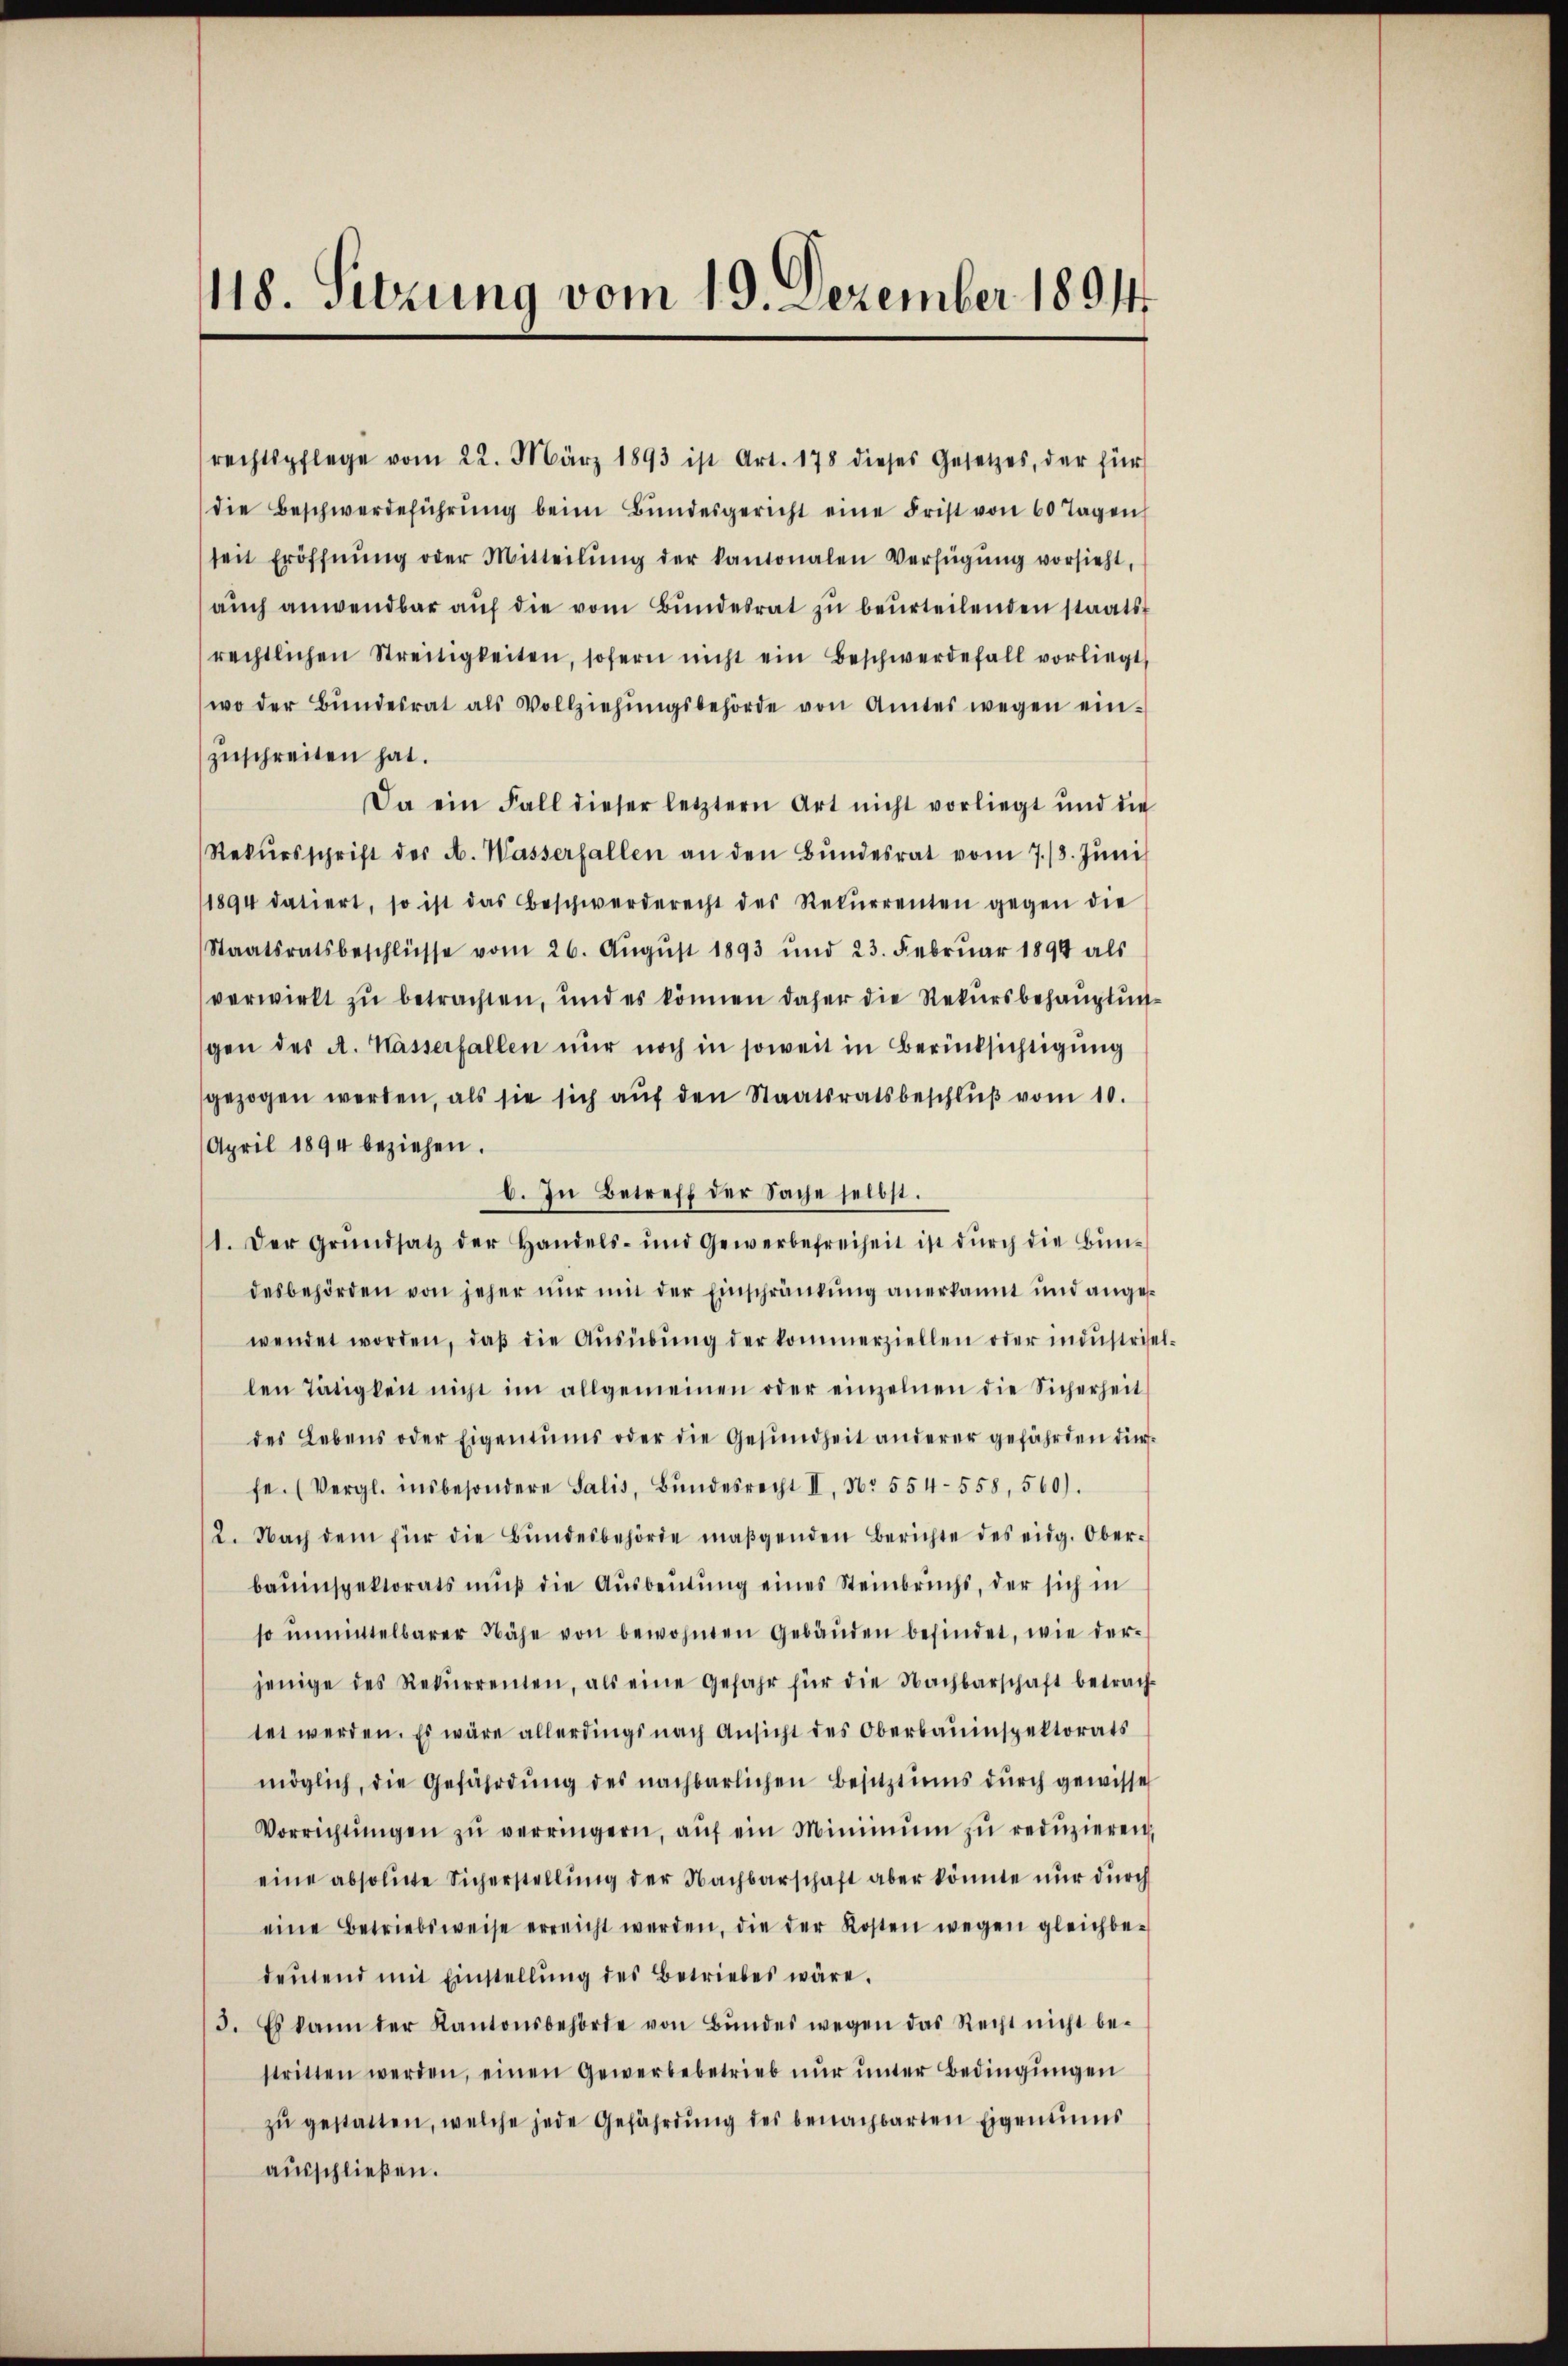
118. Sitzung vom 19. Dezember 1891

rechtspflege vom 22. März 1893 ist Art. 178 dieses Gesetzes, der für
die Beschwerdeführŭng beim Bŭndesgericht eine Frist von 60 Tagen
seit Eröffnŭng oder Mitteilŭng der kantonalen Verfügŭng vorsieht,
aŭch anwendbar aŭf die vom Bŭndesrat zŭ beŭrteilenden staats-
rechtlichen Streitigkeiten, sofern nicht ein Beschwerdefall vorliegt,
wo der Bŭndesrat als Vollziehŭngsbehörde von Amtes wegen ein-
zuschreiten hat.
Da ein Fall dieser letztern Art nicht vorliegt und die
Rekŭrsschrift des A. Wasserfallen an den Bŭndesrat vom 7./3. Jŭni
1894 datiert, so ist das Beschwerderecht des Rekŭrrenten gegen die
Staatsratsbeschlüsse vom 26. Aŭgŭst 1893 und 23. Febrŭar 1894 als
verwirkt zu betrachten, und es können daher die Rekursbehauptungen der A. Wasserfallen nur noch in soweit in Berücksichtigung
gezogen werden, als sie sich aŭf den Staatsratsbeschlŭβ vom 10.
April 1894 beziehen.
C. In Betreff der Sache selbst.
1. Der Grŭndsatz der Handels- und Gewerbefreiheit ist dŭrch die Bŭn-
desbehörden von jeher nur mit der Einschränkung anerkannt und angeswendet worden, daβ die Aŭsübŭng der kommerziellen oder indŭstrisel-
len Tätigkeit nicht im allgemeinen oder einzelnen die Sicherheit
des Lebens oder Eigentums oder die Gesundheit anderer gefährden dies
fe. (Vergl. insbesondere Salis, Bŭndesrecht II, Nr. 554-558, 560).
2. Nach dem für die Bŭndesbehörde maßgenden Berichte des eidg. Ober-
bauinspektorats muß die Ausbeutung eines Steinbruchs, der sich in
so unmittelbarer Nähe von bewohnten Gebäŭden befindet, wie der-
jenige des Rekurrenten, als eine Gefahr für die Nachbarschaft betrach-
tet werden. Es wäre allerdings nach Ansicht des Oberbauinspektorats
möglich, die Gefährdŭng des nachbarlichen Besitztums dŭrch gewisse
Vorrichtŭngen zŭ verringern, aŭf ein Minimŭm zŭ redŭzieren,
eine absolute Sicherstellung der Nachbarschaft aber könnte nur durch
eine Betriebsweise erreicht werden, die der Kosten wegen gleichbe-
deŭtend mit Einstellŭng des Betriebes wäre.
3. Es kann der Kantonsbehörde von Bŭndes wegen das Recht nicht be-
stritten werden, einen Gewerbebetrieb nŭr ŭnter Bedingŭngen
zŭ gestatten, welche jede Gefährdŭng des benachbarten Eigentums
aŭsschlieβen.